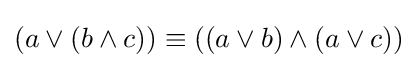
(a\lor (b\land c))\equiv ((a\lor b)\land (a\lor c))